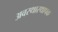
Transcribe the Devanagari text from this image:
अवस्थास्थापक